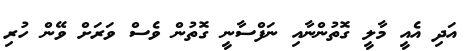
އަދި އެއީ މާލީ ގޮތުންނާއި ނަފްސާނީ ގޮތުން ވެސް ވަރަށް ވޭން ހުރި